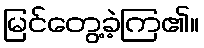
မြင်တွေ့ခဲ့ကြ၏။